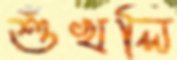
শুঁখলি